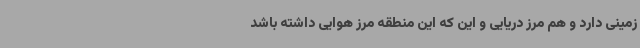
زمینی دارد و هم مرز دریایی و این که این منطقه مرز هوایی داشته باشد